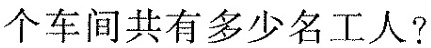
个车间共有多少名工人?